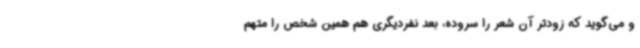
و می‌گوید که زودتر آن شعر را سروده، بعد نفردیگری هم همین شخص را متهم